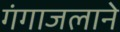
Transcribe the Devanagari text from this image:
गंगाजलाने